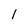
Character: l